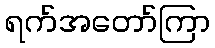
ရက်အတော်ကြာ